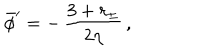
\bar { \phi } ^ { \prime } = - \, { \frac { 3 + r _ { \pm } } { 2 \eta } } \, ,